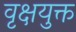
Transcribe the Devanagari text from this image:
वृक्षयुक्त